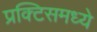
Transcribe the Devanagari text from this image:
प्रक्टिसमध्ये